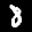
Label: 8